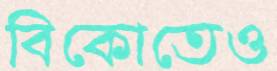
বিকোতেও